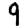
Digit: 9